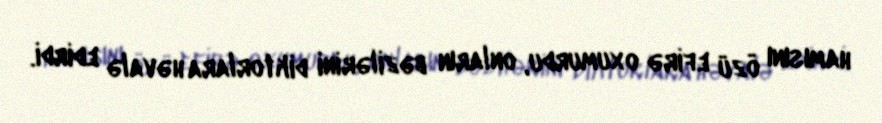
hamısını özü efirə oxumurdu, onların bəzilərini diktorlara həvalə edirdi.